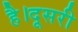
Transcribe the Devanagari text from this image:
है।दूसरी